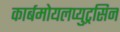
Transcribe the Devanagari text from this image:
कार्बमोयलप्युट्रसिन